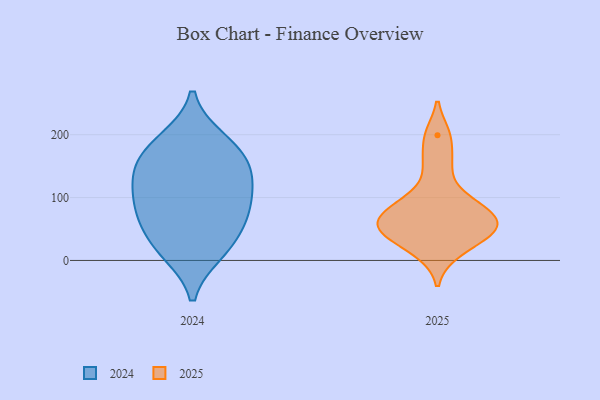
{"axis": {"x": "Market Share (%)", "y": "Value"}, "legend": ["2024", "2025"], "data": [{"x": "", "y": 13, "type": "2024"}, {"x": "", "y": 128, "type": "2024"}, {"x": "", "y": 88, "type": "2024"}, {"x": "", "y": 148, "type": "2024"}, {"x": "", "y": 84, "type": "2024"}, {"x": "", "y": 43, "type": "2024"}, {"x": "", "y": 192, "type": "2024"}, {"x": "", "y": 186, "type": "2024"}, {"x": "", "y": 98, "type": "2024"}, {"x": "", "y": 161, "type": "2024"}, {"x": "", "y": 62, "type": "2024"}, {"x": "", "y": 140, "type": "2024"}, {"x": "", "y": 16, "type": "2024"}, {"x": "", "y": 89, "type": "2025"}, {"x": "", "y": 153, "type": "2025"}, {"x": "", "y": 43, "type": "2025"}, {"x": "", "y": 64, "type": "2025"}, {"x": "", "y": 54, "type": "2025"}, {"x": "", "y": 199, "type": "2025"}, {"x": "", "y": 65, "type": "2025"}, {"x": "", "y": 42, "type": "2025"}, {"x": "", "y": 97, "type": "2025"}, {"x": "", "y": 13, "type": "2025"}]}